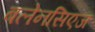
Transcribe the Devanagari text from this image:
बलेनसिएज